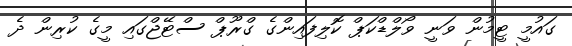
ގައުމީ ޓީމުން ވަނީ ވޯލްޑްކަޕް ކޮލިފައިންގެ ގްރޫޕް ސްޓޭޖްގައި މީގެ ކުރިން ދެ